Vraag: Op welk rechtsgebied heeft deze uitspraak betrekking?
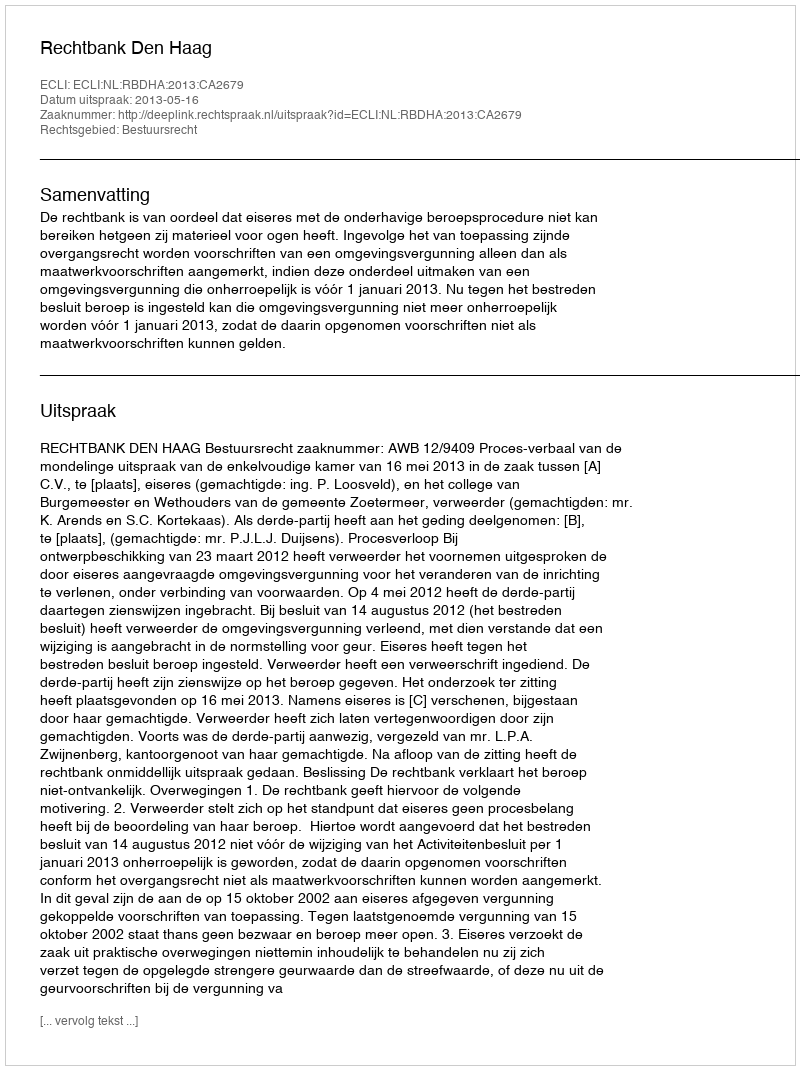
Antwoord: Bestuursrecht